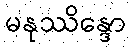
မနုဿိန္ဒော